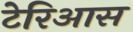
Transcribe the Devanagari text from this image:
टेरिआस